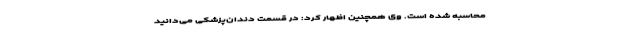
محاسبه شده است. وی همچنین اظهار کرد: در قسمت دندان‌پزشکی می‌دانید